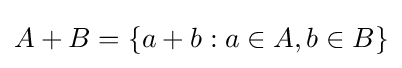
A+B=\{a+b:a\in A,b\in B\}